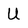
Character: U